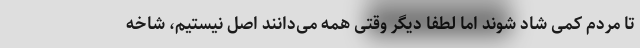
تا مردم کمی شاد شوند اما لطفا دیگر وقتی همه می‌دانند اصل نیستیم، شاخه